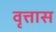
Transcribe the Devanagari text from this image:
वृत्तास